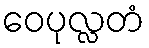
ဝေပုလ္လတံ